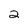
Character: 2